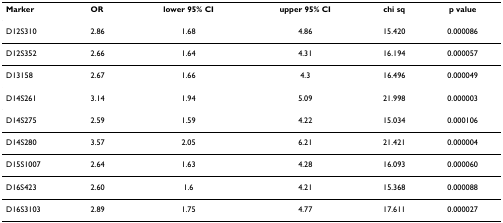
| Marker | OR | lower 95% CI | upper 95% CI | chi sq | p value |
 | --- | --- | --- | --- | --- | --- |
 | D12S310 | 2.86 | 1.68 | 4.86 | 15.420 | 0.000086 |
 | D12S352 | 2.66 | 1.64 | 4.31 | 16.194 | 0.000057 |
 | D13158 | 2.67 | 1.66 | 4.3 | 16.496 | 0.000049 |
 | D14S261 | 3.14 | 1.94 | 5.09 | 21.998 | 0.000003 |
 | D14S275 | 2.59 | 1.59 | 4.22 | 15.034 | 0.000106 |
 | D14S280 | 3.57 | 2.05 | 6.21 | 21.421 | 0.000004 |
 | D15S1007 | 2.64 | 1.63 | 4.28 | 16.093 | 0.000060 |
 | D16S423 | 2.60 | 1.6 | 4.21 | 15.368 | 0.000088 |
 | D16S3103 | 2.89 | 1.75 | 4.77 | 17.611 | 0.000027 |